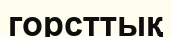
горсттық